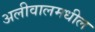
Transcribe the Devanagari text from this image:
अलीवालमधील